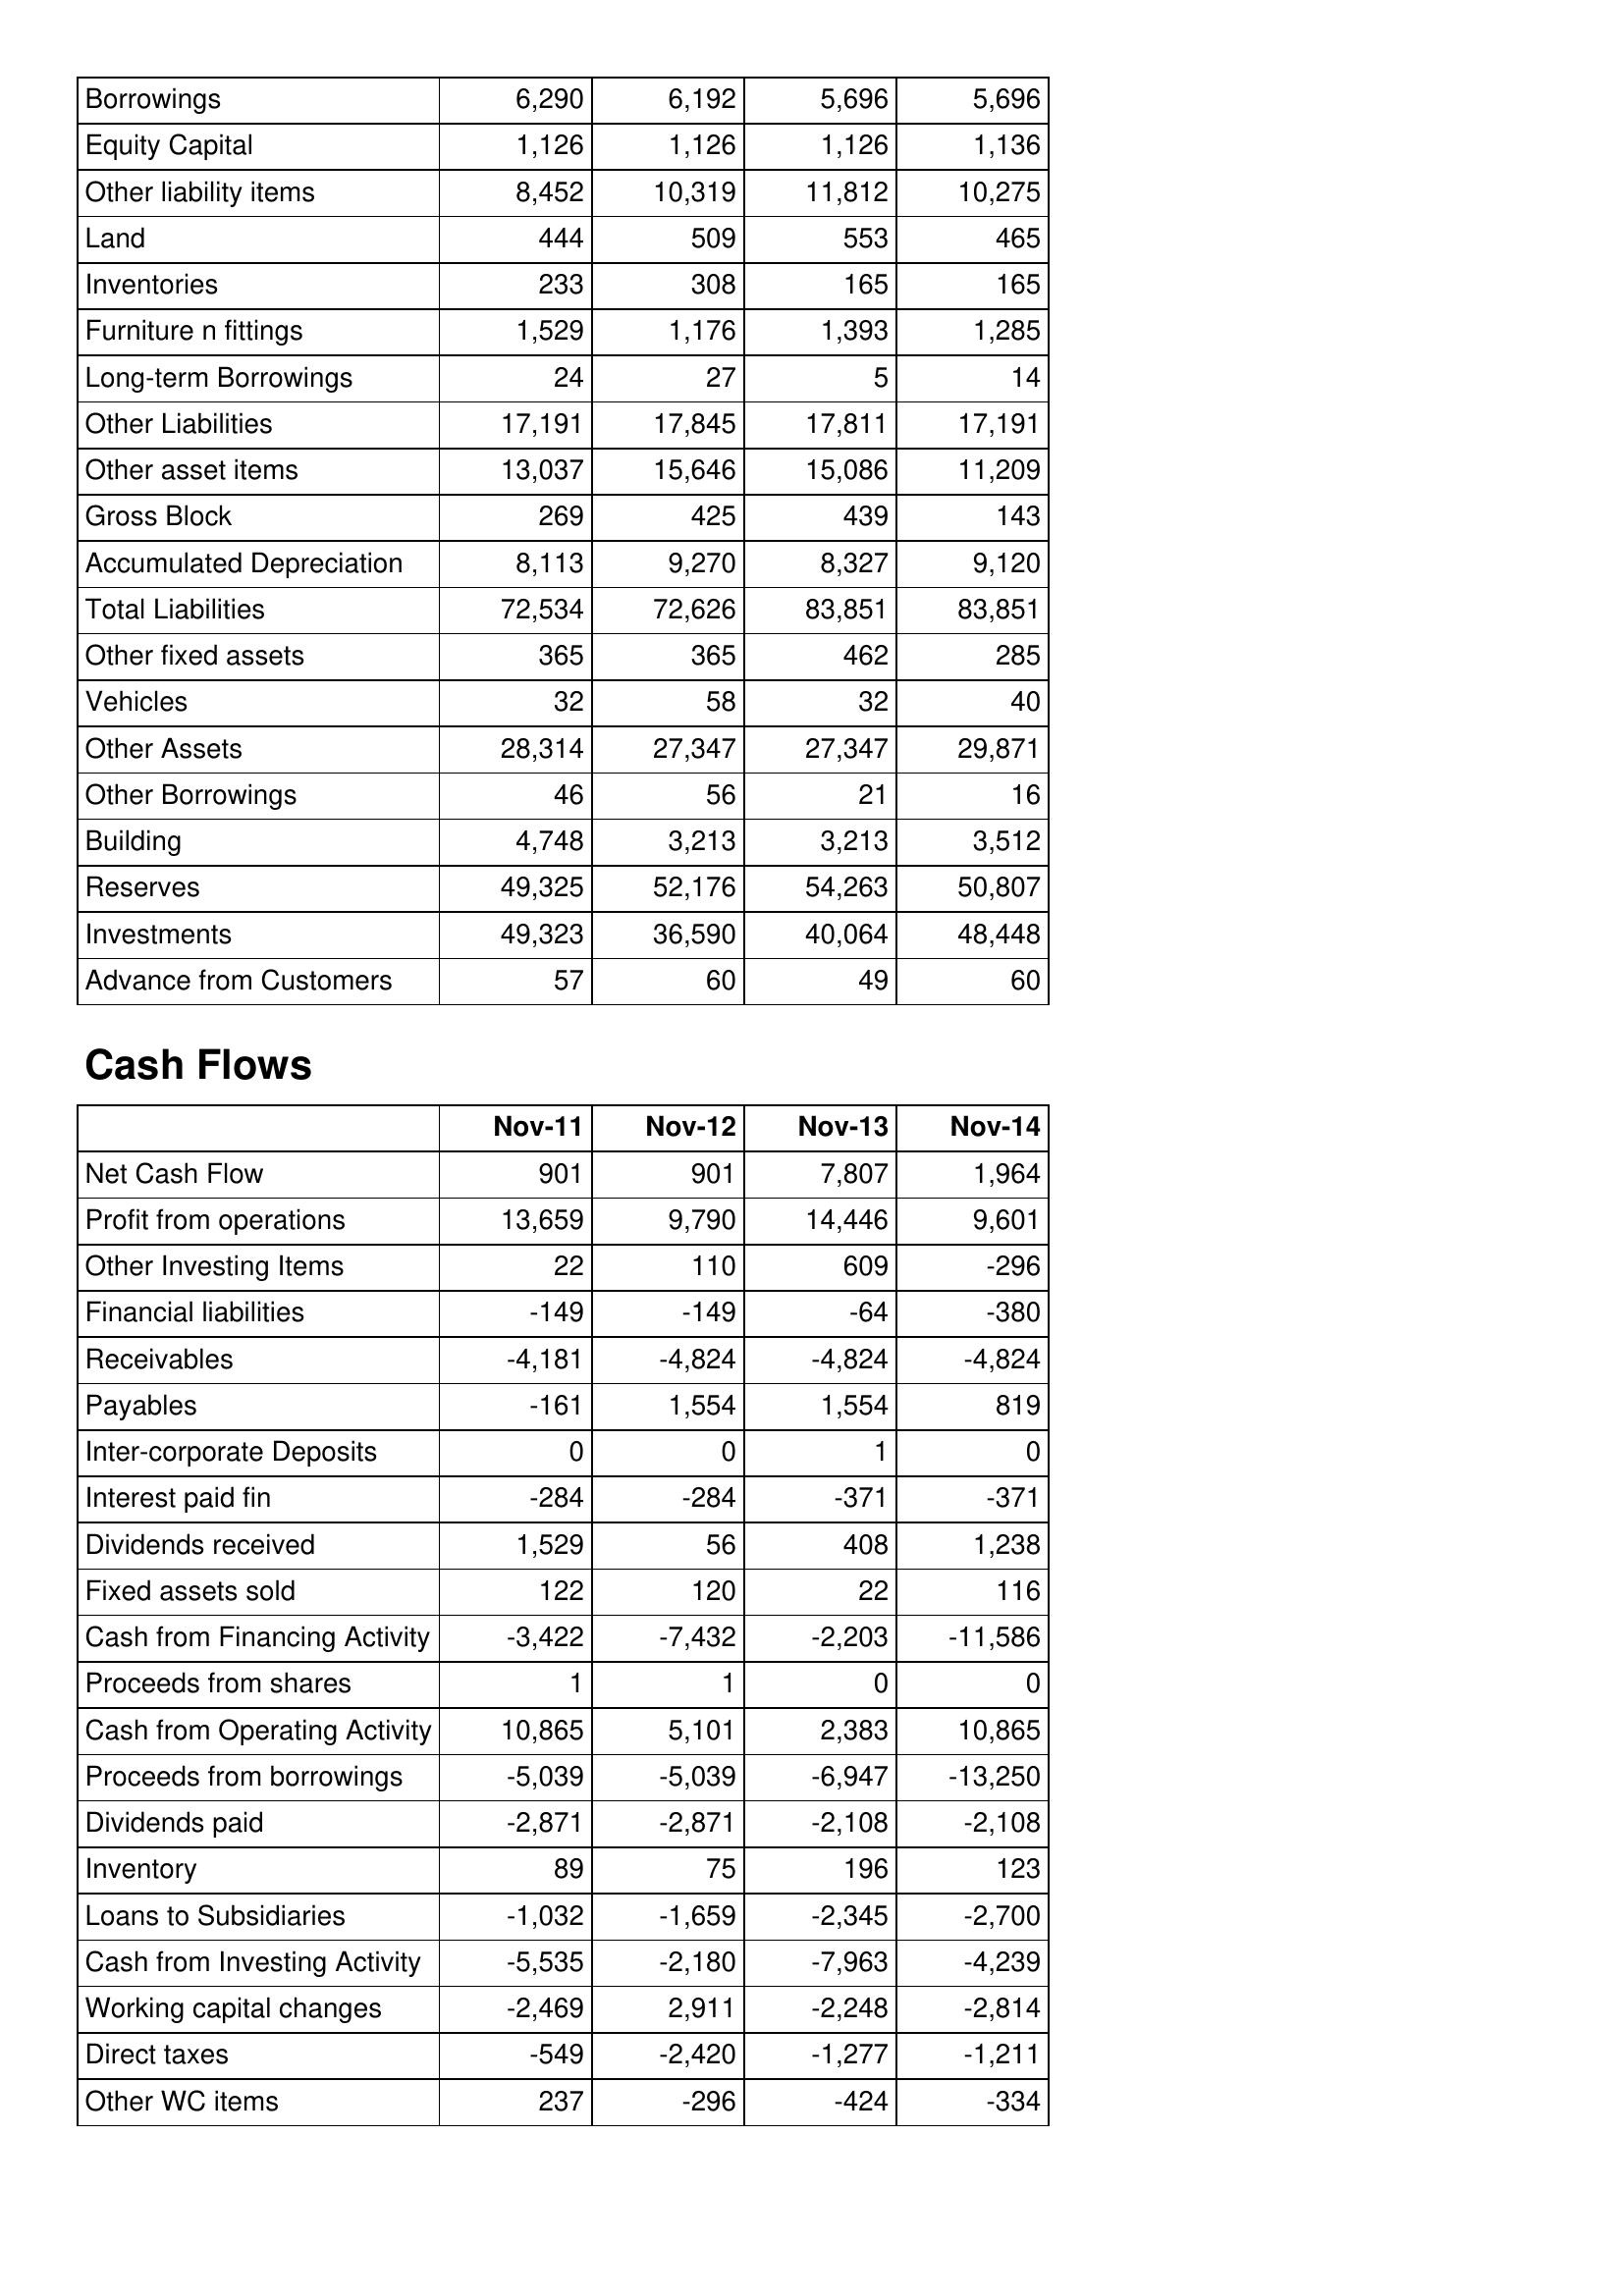
Nov-11: Balance Sheet: Borrowings: 6,290
Equity Capital: 1,126
Other liability items: 8,452
Land: 444
Inventories: 233
Furniture n fittings: 1,529
Long-term Borrowings: 24
Other Liabilities: 17,191
Other asset items: 13,037
Gross Block: 269
Accumulated Depreciation: 8,113
Total Liabilities: 72,534
Other fixed assets: 365
Vehicles: 32
Other Assets: 28,314
Other Borrowings: 46
Building: 4,748
Reserves: 49,325
Investments: 49,323
Advance from Customers: 57
Cash Flows: Net Cash Flow: 901
Profit from operations: 13,659
Other Investing Items: 22
Financial liabilities: -149
Receivables: -4,181
Payables: -161
Inter-corporate Deposits: 0
Interest paid fin: -284
Dividends received: 1,529
Fixed assets sold: 122
Cash from Financing Activity: -3,422
Proceeds from shares: 1
Cash from Operating Activity: 10,865
Proceeds from borrowings: -5,039
Dividends paid: -2,871
Inventory: 89
Loans to Subsidiaries: -1,032
Cash from Investing Activity: -5,535
Working capital changes: -2,469
Direct taxes: -549
Other WC items: 237
Nov-12: Balance Sheet: Borrowings: 6,192
Equity Capital: 1,126
Other liability items: 10,319
Land: 509
Inventories: 308
Furniture n fittings: 1,176
Long-term Borrowings: 27
Other Liabilities: 17,845
Other asset items: 15,646
Gross Block: 425
Accumulated Depreciation: 9,270
Total Liabilities: 72,626
Other fixed assets: 365
Vehicles: 58
Other Assets: 27,347
Other Borrowings: 56
Building: 3,213
Reserves: 52,176
Investments: 36,590
Advance from Customers: 60
Cash Flows: Net Cash Flow: 901
Profit from operations: 9,790
Other Investing Items: 110
Financial liabilities: -149
Receivables: -4,824
Payables: 1,554
Inter-corporate Deposits: 0
Interest paid fin: -284
Dividends received: 56
Fixed assets sold: 120
Cash from Financing Activity: -7,432
Proceeds from shares: 1
Cash from Operating Activity: 5,101
Proceeds from borrowings: -5,039
Dividends paid: -2,871
Inventory: 75
Loans to Subsidiaries: -1,659
Cash from Investing Activity: -2,180
Working capital changes: 2,911
Direct taxes: -2,420
Other WC items: -296
Nov-13: Balance Sheet: Borrowings: 5,696
Equity Capital: 1,126
Other liability items: 11,812
Land: 553
Inventories: 165
Furniture n fittings: 1,393
Long-term Borrowings: 5
Other Liabilities: 17,811
Other asset items: 15,086
Gross Block: 439
Accumulated Depreciation: 8,327
Total Liabilities: 83,851
Other fixed assets: 462
Vehicles: 32
Other Assets: 27,347
Other Borrowings: 21
Building: 3,213
Reserves: 54,263
Investments: 40,064
Advance from Customers: 49
Cash Flows: Net Cash Flow: 7,807
Profit from operations: 14,446
Other Investing Items: 609
Financial liabilities: -64
Receivables: -4,824
Payables: 1,554
Inter-corporate Deposits: 1
Interest paid fin: -371
Dividends received: 408
Fixed assets sold: 22
Cash from Financing Activity: -2,203
Proceeds from shares: 0
Cash from Operating Activity: 2,383
Proceeds from borrowings: -6,947
Dividends paid: -2,108
Inventory: 196
Loans to Subsidiaries: -2,345
Cash from Investing Activity: -7,963
Working capital changes: -2,248
Direct taxes: -1,277
Other WC items: -424
Nov-14: Balance Sheet: Borrowings: 5,696
Equity Capital: 1,136
Other liability items: 10,275
Land: 465
Inventories: 165
Furniture n fittings: 1,285
Long-term Borrowings: 14
Other Liabilities: 17,191
Other asset items: 11,209
Gross Block: 143
Accumulated Depreciation: 9,120
Total Liabilities: 83,851
Other fixed assets: 285
Vehicles: 40
Other Assets: 29,871
Other Borrowings: 16
Building: 3,512
Reserves: 50,807
Investments: 48,448
Advance from Customers: 60
Cash Flows: Net Cash Flow: 1,964
Profit from operations: 9,601
Other Investing Items: -296
Financial liabilities: -380
Receivables: -4,824
Payables: 819
Inter-corporate Deposits: 0
Interest paid fin: -371
Dividends received: 1,238
Fixed assets sold: 116
Cash from Financing Activity: -11,586
Proceeds from shares: 0
Cash from Operating Activity: 10,865
Proceeds from borrowings: -13,250
Dividends paid: -2,108
Inventory: 123
Loans to Subsidiaries: -2,700
Cash from Investing Activity: -4,239
Working capital changes: -2,814
Direct taxes: -1,211
Other WC items: -334